Document type: Barter
Year: 1304
Scribe: Pere Pometa
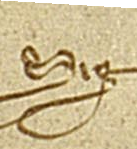
Sig